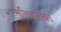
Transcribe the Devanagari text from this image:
मलिकसोबत